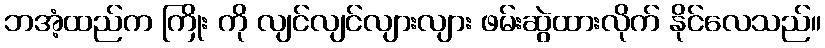
ဘအံ့ထည်က ကြိုး ကို လျင်လျင်လျားလျား ဖမ်းဆွဲထားလိုက် နိုင်လေသည်။